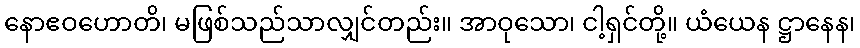
နောဧဝဟောတိ၊ မဖြစ်သည်သာလျှင်တည်း။ အာဝုသော၊ ငါ့ရှင်တို့။ ယံယေန ဋ္ဌာနေန၊